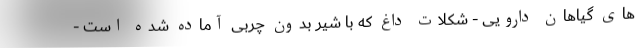
های گیاهان دارویی - شکلات داغ که با شیر بدون چربی آماده شده است -